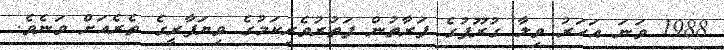
1988 ވަނަ އަހަރު ވިލާ ގުރޫޕުގެ ފަރާތުން ފަތުރުވެރިކަމުގެ ވިޔަފާރީގެ ތެރެއަށް ވަނެވެ.